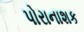
પોરાનાશક